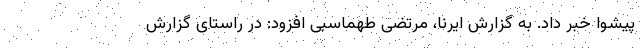
پیشوا خبر داد. به گزارش ایرنا، مرتضی طهماسبی افزود: در راستای گزارش